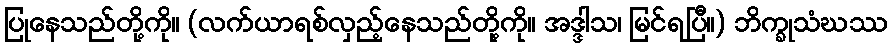
ပြုနေသည်တို့ကို။ (လက်ယာရစ်လှည့်နေသည်တို့ကို။ အဒ္ဒါသ၊ မြင်ရပြီ။) ဘိက္ခုသံဃဿ